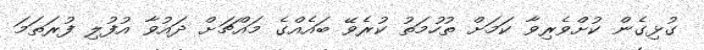
ގުޅިގެން ކުށްވެރިވާ ކަމަށް ތުހުމަތު ކުރެވޭ ބައެއްގެ މައްޗަށް ދައުވާ އުފުލި ފުރަތަމަ